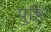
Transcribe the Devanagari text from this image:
पुष्टिः